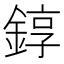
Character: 錞